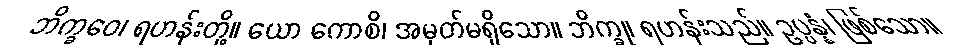
ဘိက္ခဝေ၊ ရဟန်းတို့။ ယော ကောစိ၊ အမှတ်မရှိသော။ ဘိက္ခု၊ ရဟန်းသည်။ ဥပ္ပန္နံ၊ ဖြစ်သော။